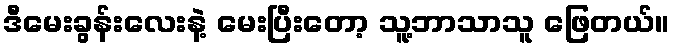
ဒီမေးခွန်းလေးနဲ့ မေးပြီးတော့ သူ့ဘာသာသူ ဖြေတယ်။